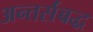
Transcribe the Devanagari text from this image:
अन्तर्संबद्ध